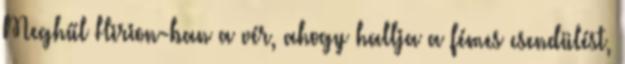
Meghűl Hirion-ban a vér, ahogy hallja a fémes csendülést,